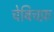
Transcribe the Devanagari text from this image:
चेबिचफ़